Leaving Certificate Examination, 1924
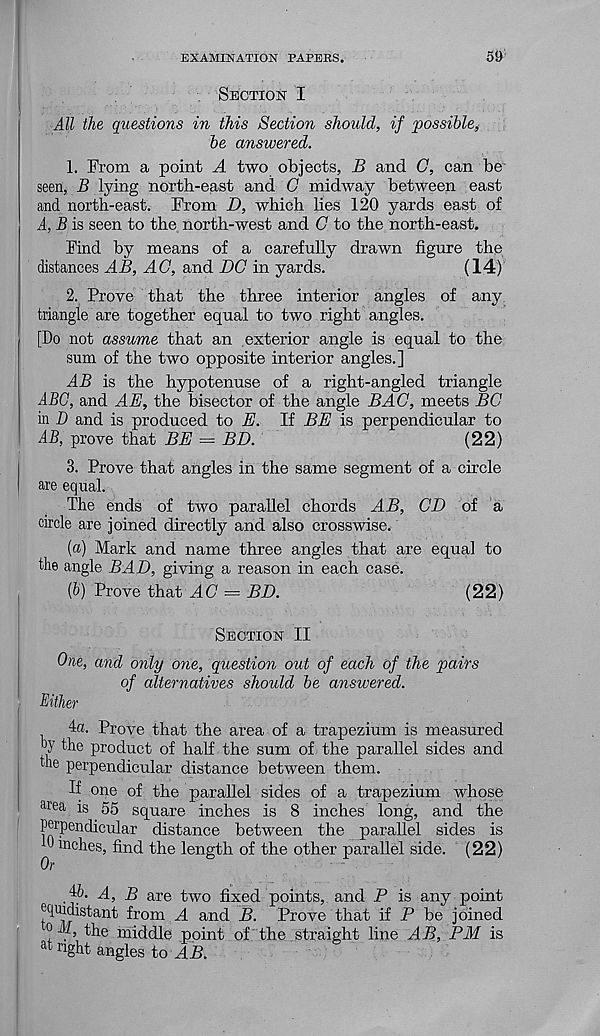
EXAMINATION PAPERS.
59
Section I
All the questions in this Section should, if possible,
be answered.
1. From a point A two objects, B and G, can be
seen, B lying north-east and C midway between east
and north-east. From D, which lies 120 yards east of
A, B is seen to the north-west and C to the north-east.
Find by means of a carefully drawn figure the
distances AB, AG, and DC in yards.
(14)
2. Prove that the three interior angles of any
triangle are together equal to two right angles.
[Do not assume that an exterior angle is equal to the
sum of the two opposite interior angles.]
AB is the hypotenuse of a right-angled triangle
ABO, and AE, the bisector of the angle BAG, meets BC
in D and is produced to E. If BE is perpendicular to
AB, prove that BE = BD.
(22)
3. Prove that angles in the same segment of a circle
are equal.
The ends of two parallel chords AB, CD of a
circle are joined directly and also crosswise.
{a) Mark and name three angles that are equal to
the angle BAD, giving a reason in each case.
(b) Prove that AC — BD.
(22)
Section II
One, and only oyie, question out of each of the pairs
of alternatives should be answered.
Either
4a. Prove that the area of a trapezium is measured
by the product of half the sum of the parallel sides and
the perpendicular distance between them.
If one of the parallel sides of a trapezium whose
area is 55 square inches is 8 inches long, and the
Perpendicular distance between the parallel sides is
1 mc hes, find the length of the other parallel side. (22)
Or
.46. A, B are two fixed points, and P is any point
ehuidistant from A and B. Prove that if P be joined
0 A, the middle point of the straight line AB, PM is
at right angles to AB.